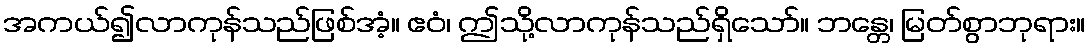
အကယ်၍လာကုန်သည်ဖြစ်အံ့။ ဧဝံ၊ ဤသို့လာကုန်သည်ရှိသော်။ ဘန္တေ၊ မြတ်စွာဘုရား။